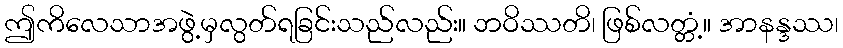
ဤကိလေသာအဖွဲ့မှလွတ်ရခြင်းသည်လည်း။ ဘဝိဿတိ၊ ဖြစ်လတ္တံ့။ အာနန္ဒဿ၊